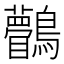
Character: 𪈆